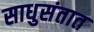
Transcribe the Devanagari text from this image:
साधुसंतात